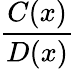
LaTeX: \frac{C(x)}{D(x)}